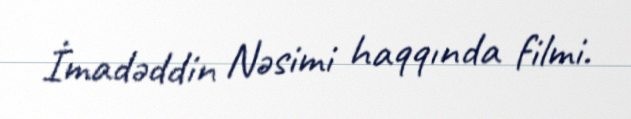
İmadəddin Nəsimi haqqında filmi.